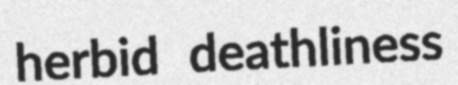
herbid deathliness